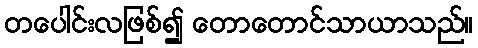
တပေါင်းလဖြစ်၍ တောတောင်သာယာသည်။